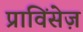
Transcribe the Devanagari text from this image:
प्राविंसेज़